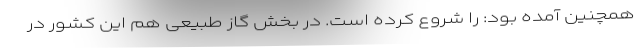
همچنین آمده بود: را شروع کرده است. در بخش گاز طبیعی هم این کشور در